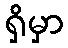
ရှိမှာ